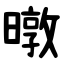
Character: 暾